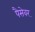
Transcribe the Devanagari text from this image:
पैसेवर